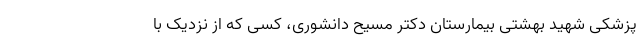
پزشکی شهید بهشتی بیمارستان دکتر مسیح دانشوری،‌ کسی که از نزدیک با